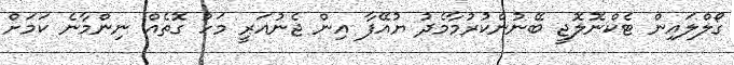
ގޯލްލައިން ޓެކްނޮލޮޖީ ބޭނުންކުރުމާމެދު ޔުއޭފާ އިން ޖެނުއަރީ މަހު ގޮތެއް ނިންމާނެ ކަމަށް